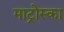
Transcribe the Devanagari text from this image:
माट्रोस्का